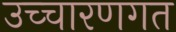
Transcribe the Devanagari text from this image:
उच्‍चारणगत